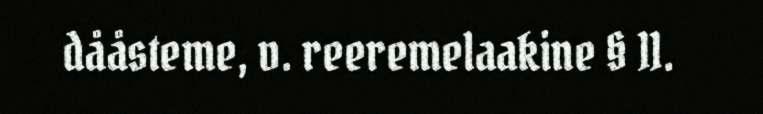
dååsteme, v. reeremelaakine § 11.